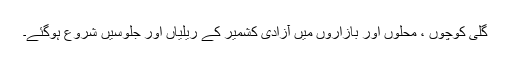
گلی کوچوں ، محلوں اور بازاروں میں آزادی کشمیر کے ریلیاں اور جلوسیں شروع ہوگئے۔